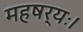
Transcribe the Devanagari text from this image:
महषर्यः।